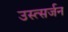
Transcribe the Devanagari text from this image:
उस्त्सर्जन